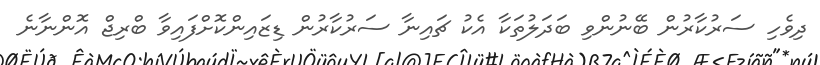
ދިވެހި ސަރުކާރުން ބޭނުންވި ބަދަލުތަކާ އެކު ޗައިނާ ސަރުކާރުން ޑިޒައިންކޮށްފައިވާ ބްރިޖް އޮންނާނެ